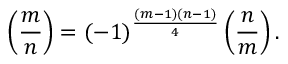
\left( { \frac { m } { n } } \right) = ( - 1 ) ^ { \frac { ( m - 1 ) ( n - 1 ) } { 4 } } \left( { \frac { n } { m } } \right) .